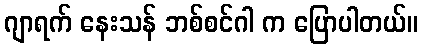
ဂျာရက် နေးသန် ဘစ်စင်ဂါ က ပြောပါတယ်။